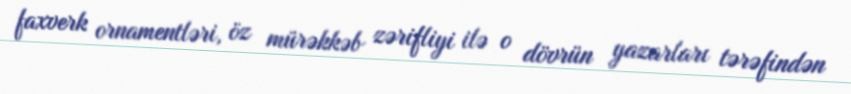
faxverk ornamentləri, öz mürəkkəb zərifliyi ilə o dövrün yazarları tərəfindən